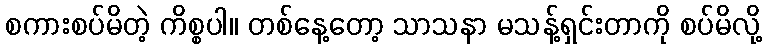
စကားစပ်မိတဲ့ ကိစ္စပါ။ တစ်နေ့တော့ သာသနာ မသန့်ရှင်းတာကို စပ်မိလို့